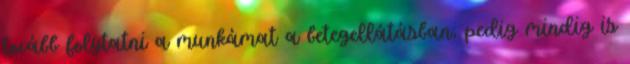
tovább folytatni a munkámat a betegellátásban, pedig mindig is